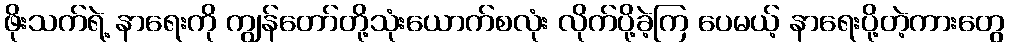
ဖိုးသက်ရဲ့ နာရေးကို ကျွန်တော်တို့သုံးယောက်စလုံး လိုက်ပို့ခဲ့ကြ ပေမယ့် နာရေးပို့တဲ့ကားတွေ